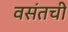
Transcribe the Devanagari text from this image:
वसंतची